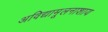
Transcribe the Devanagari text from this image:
अविद्यामूलनाशाय